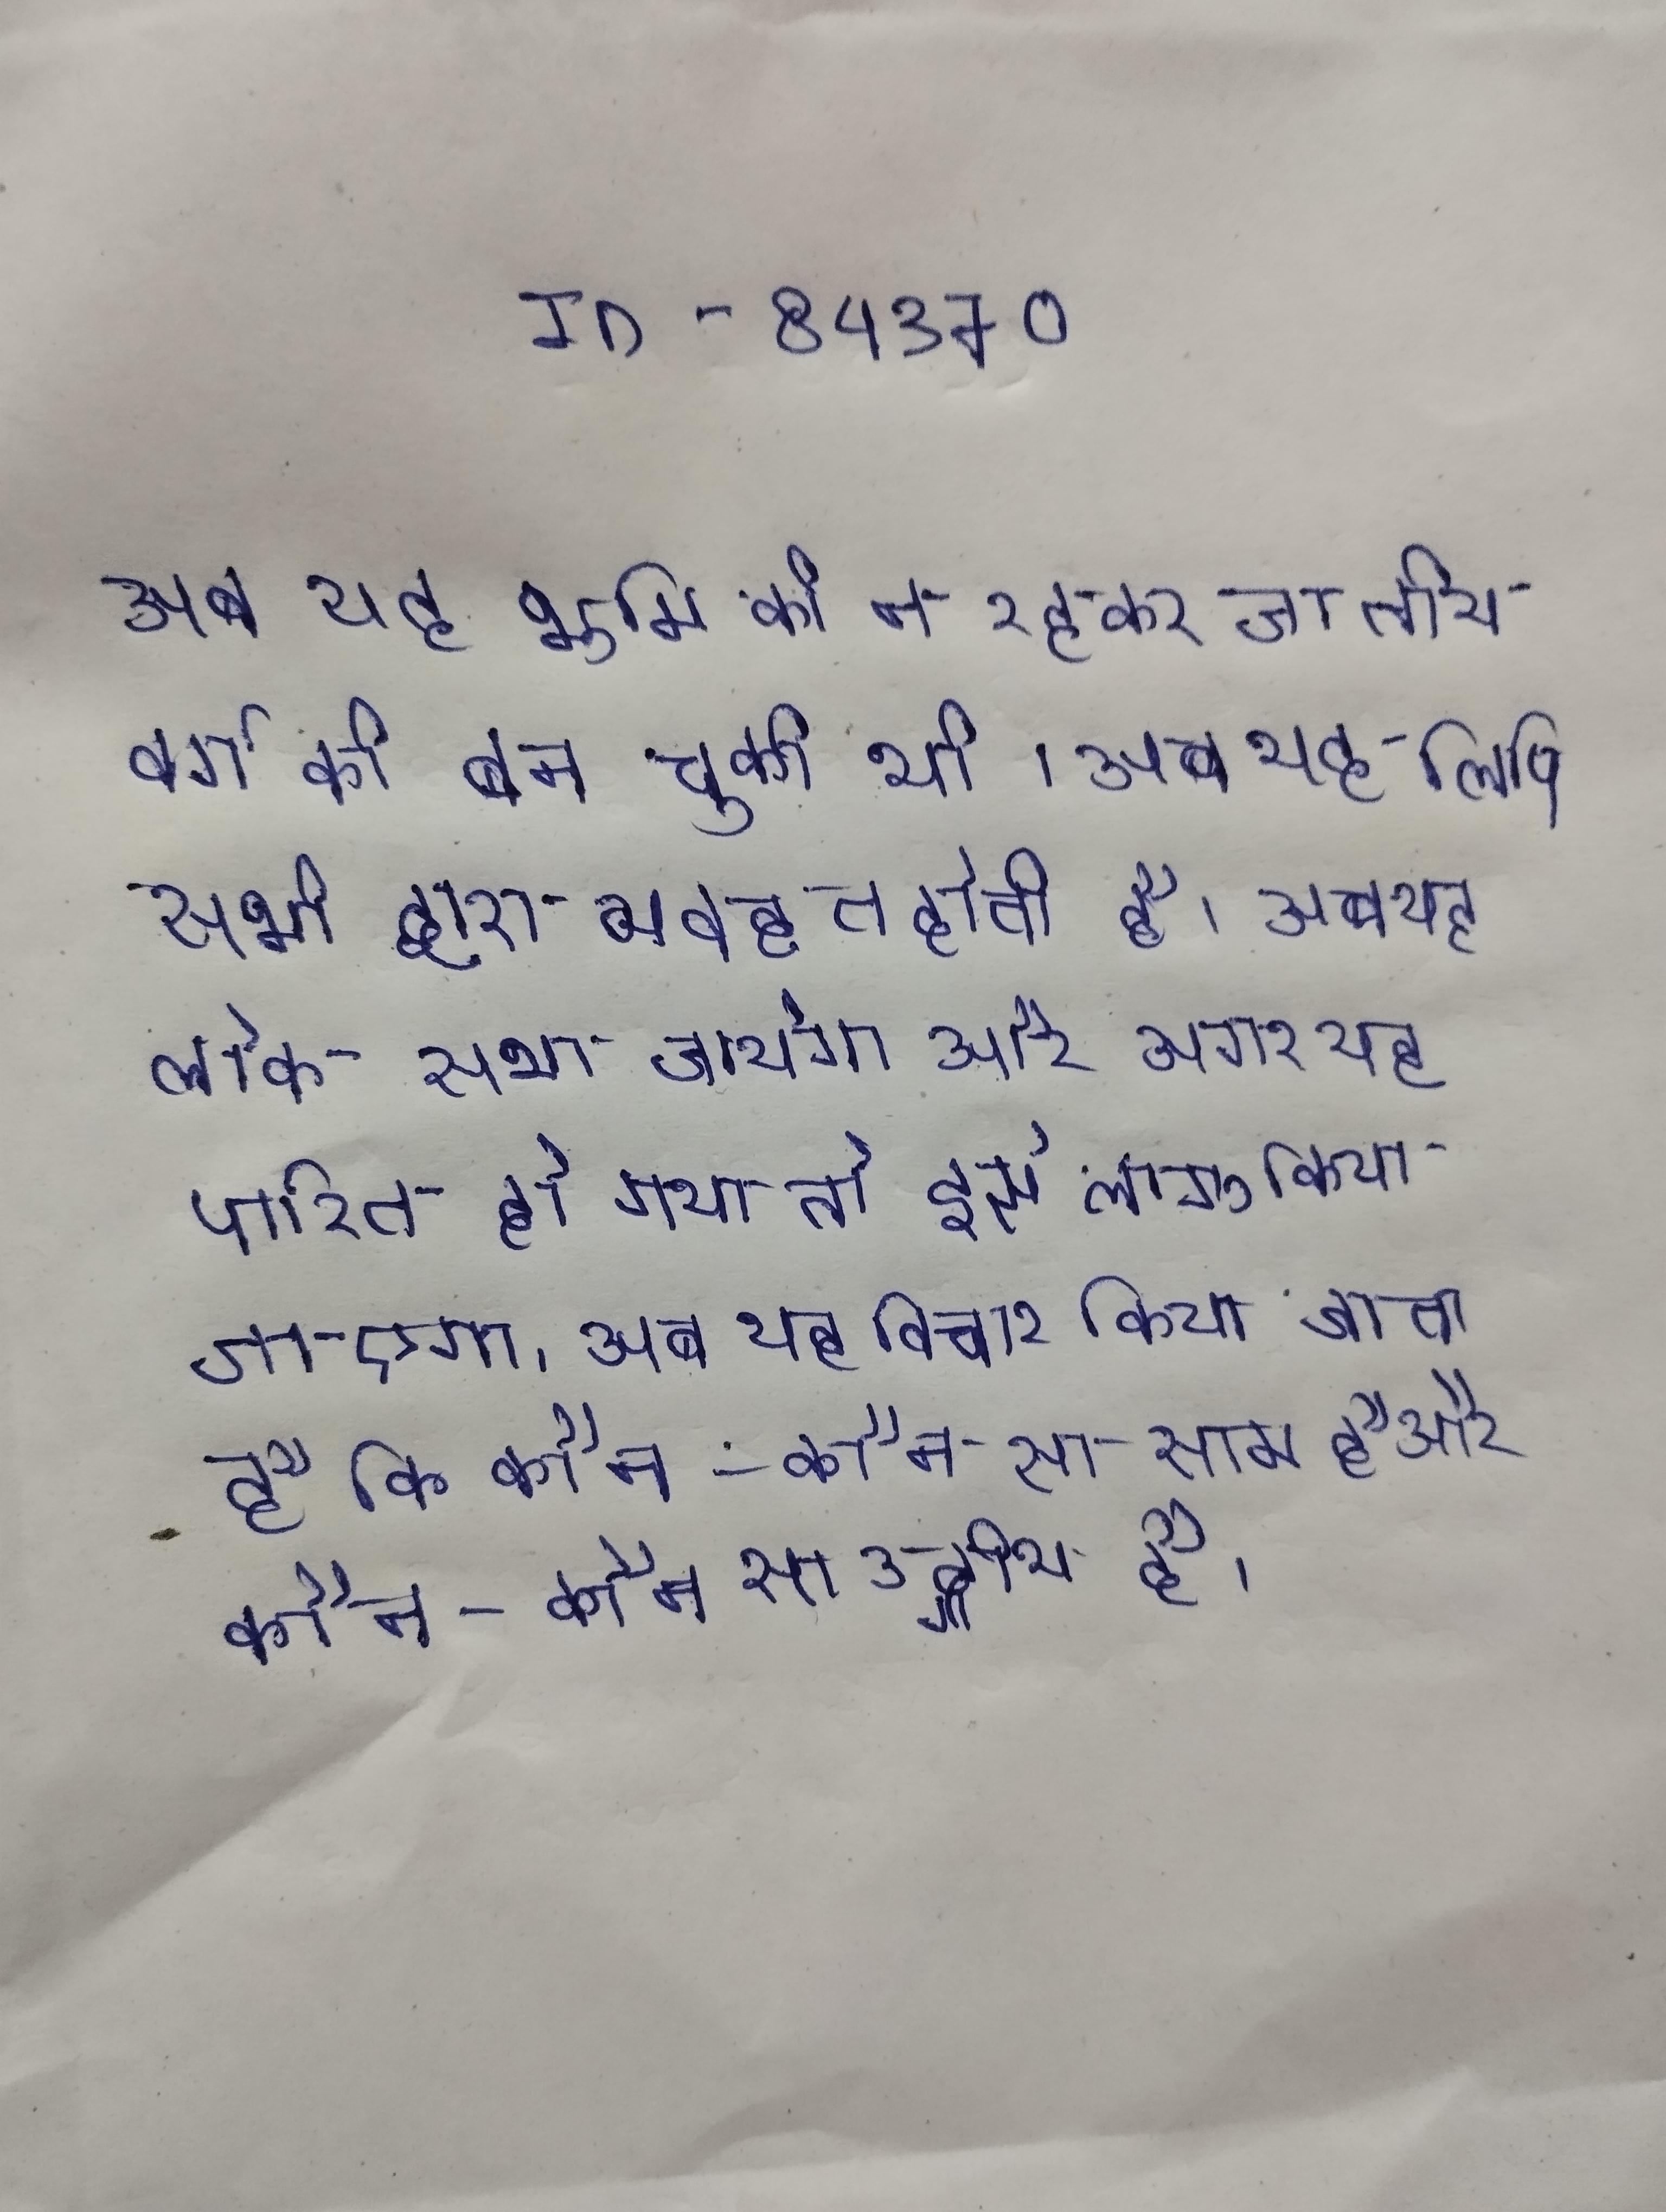
अब यह भूमि की न रहकर जातीय वर्ग की बन चुकी थी । अब यह लिपि सभी द्वारा व्यवहृत होती है । अब यह लोक सभा जायेगा और अगर यह पारित हो गया तो इसे लागू किया जाएगा . अब यह विचार किया जाता है कि कौन-कौन सा ऋक् है, कौन-कौन सा साम है और कौन-कौन सा उद्गीथ है ।